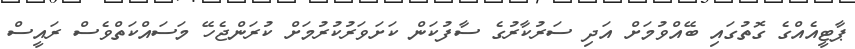
ޕާޓީއެއްގެ ގޮތުގައި ބޭއްވުމަށް އަދި ސަރުކާރުގެ ސާފުކަން ކަށަވަރުކުރުމަށް ކުރަންޖެހޭ މަސައްކަތްވެސް ރައީސް